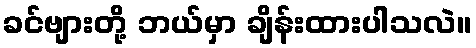
ခင်ဗျားတို့ ဘယ်မှာ ချိန်းထားပါသလဲ။